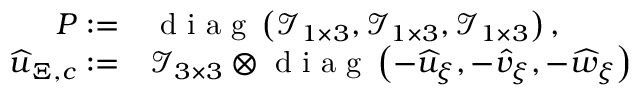
\begin{array} { r l } { \boldsymbol { P } : = } & { { } \mathrm { ~ d ~ i ~ a ~ g ~ } \left( \mathcal { I } _ { 1 \times 3 } , \mathcal { I } _ { 1 \times 3 } , \mathcal { I } _ { 1 \times 3 } \right) , } \\ { \boldsymbol { \widehat { u } } _ { \Xi , c } : = } & { { } \mathcal { I } _ { 3 \times 3 } \otimes \mathrm { ~ d ~ i ~ a ~ g ~ } \left( - \widehat { u } _ { \xi } , - \widehat { v } _ { \xi } , - \widehat { w } _ { \xi } \right) ， } \end{array}